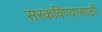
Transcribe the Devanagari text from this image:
सरकविण्यासाठी